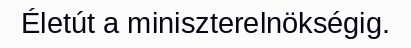
Életút a miniszterelnökségig.